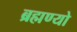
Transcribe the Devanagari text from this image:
ब्रह्मण्यो